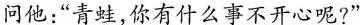
问他：“青蛙，你有什么事不开心呢?”